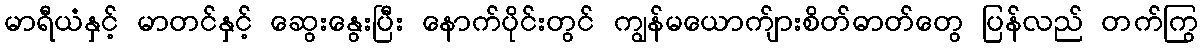
မာရီယံနှင့် မာတင်နှင့် ဆွေးနွေးပြီး နောက်ပိုင်းတွင် ကျွန်မယောက်ျားစိတ်ဓာတ်တွေ ပြန်လည် တက်ကြွ